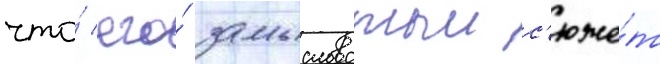
что́ его́ замысловатыи с'юже́т